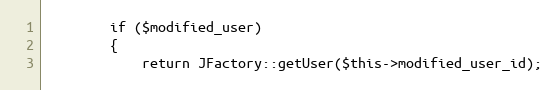
Language: PHP
		if ($modified_user)
		{
			return JFactory::getUser($this->modified_user_id);